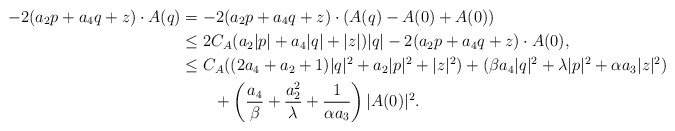
\begin{align*}-2 (a_2 p+a_4 q+z)\cdot A(q)&=-2(a_2 p+a_4 q+z)\cdot(A(q)-A(0)+A(0))\\&\leq 2C_A(a_2 |p|+a_4|q|+|z|)|q|-2(a_2 p+a_4 q+z)\cdot A(0),\\&\leq C_A((2a_4+a_2+1)|q|^2+a_2|p|^2+|z|^2)+(\beta a_4 |q|^2+\lambda |p|^2+\alpha a_3 |z|^2)\\&\qquad+\left(\frac{a_4}{\beta}+\frac{a_2^2}{\lambda}+\frac{1}{\alpha a_3}\right)|A(0)|^2.\end{align*}